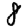
Digit: 8